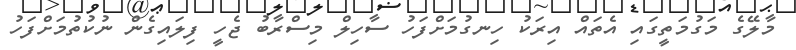
މާލޭގެ މަގުމަތީގައި އެތައް އިރަކު ހިނގުމަށްފަހު ސާހިލް މިސްރާބު ޖެހީ ފިލައިގެން ނުކުތުމަށްފަހު